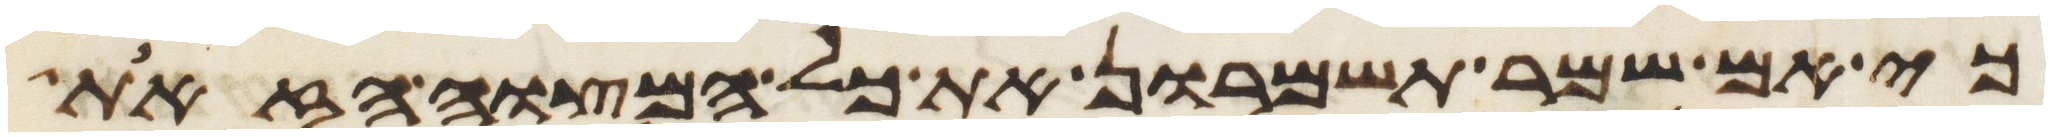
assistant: כי אם שמר תשמרון את כל המצוה הזאת